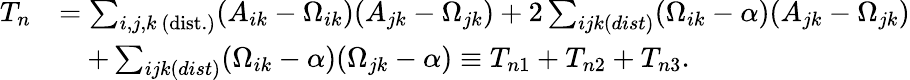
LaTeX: \begin{array}{rl}{T_{n}}&{=\sum_{i,j,k\mathrm{~(dist.)}}(A_{ik}-\Omega_{ik})(A_{jk}-\Omega_{jk})+2\sum_{ijk(dist)}(\Omega_{ik}-\alpha)(A_{jk}-\Omega_{jk})}\\ &{\quad+\sum_{ijk(dist)}(\Omega_{ik}-\alpha)(\Omega_{jk}-\alpha)\equiv T_{n1}+T_{n2}+T_{n3}.}\end{array}